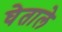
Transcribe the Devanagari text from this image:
घेताले